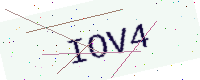
Text: IOV4